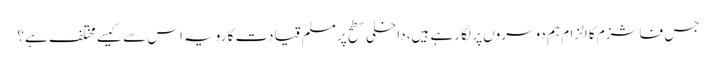
جس فاشزم کا الزام ہم دوسروں پر لگا رہے ہیں، داخلی سطح پر مسلم قیادت کا رویہ اس سے کیسے مختلف ہے؟